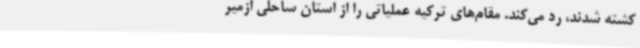
کشته شدند، رد می‌کند. مقام‌های ترکیه عملیاتی را از استان ساحلی ازمیر